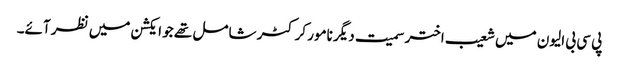
پی سی بی الیون میں شعیب اختر سمیت دیگر نامور کرکٹر شامل تھے جو ایکشن میں نظر آئے۔